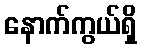
နောက်ကွယ်ရှိ